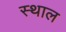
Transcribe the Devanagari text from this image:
स्‍थाल